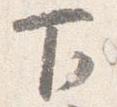
下